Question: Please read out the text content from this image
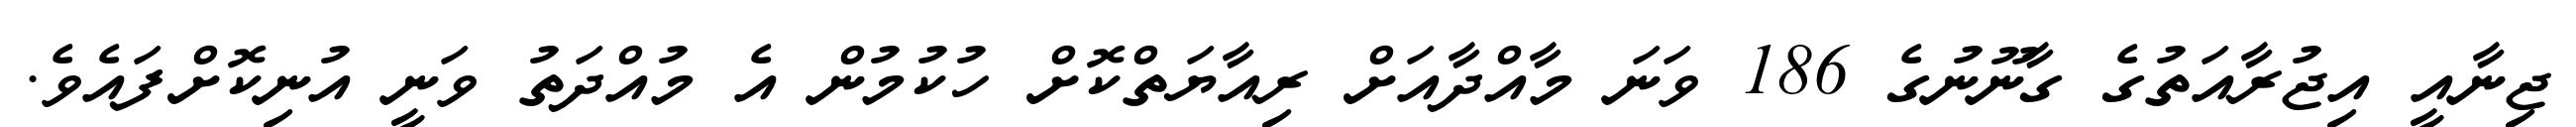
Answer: ޖިނާއީ އިޖުރާއަތުގެ ގާނޫނުގެ 186 ވަނަ މާއްދާއަށް ރިއާޔަތްކޮށް ހުކުމުން އެ މުއްދަތު ވަނީ އުނިކޮށްފައެވެ.